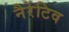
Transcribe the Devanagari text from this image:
नैरेटिव